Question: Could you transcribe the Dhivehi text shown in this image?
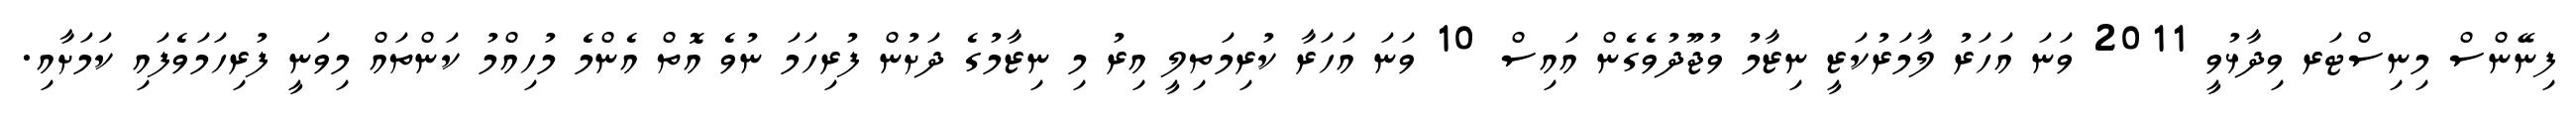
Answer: ފިނޭންސް މިނިސްޓަރ ވިދާޅުވީ 2011 ވަނަ އަހަރު ލާމަރުކަޒީ ނިޒާމު ވުޖޫދުވެގެން އައިސް 10 ވަނަ އަހަރާ ކުރިމަތިލީ އިރު މި ނިޒާމުގެ ދަށުން ފުރިހަމަ ނުވެ އޮތް އެންމެ މުހިއްމު ކަންތައް މިވަނީ ފުރިހަމަވެފައި ކަމަށާއި.